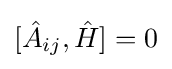
[{\hat {A}}_{ij},{\hat {H}}]=0